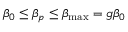
\beta _ { 0 } \le \beta _ { p } \le \beta _ { \mathrm { m a x } } = g \beta _ { 0 }